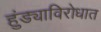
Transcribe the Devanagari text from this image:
हुंड्याविरोधात